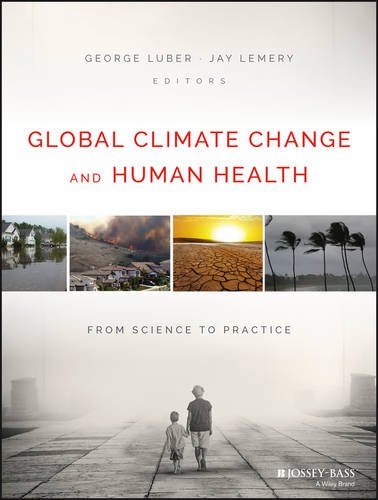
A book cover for Global Climate Change and Human Health: From Science to Practice; Medical Books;